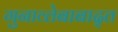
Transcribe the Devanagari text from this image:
गुनाव्तेबाबाद्त